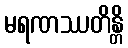
မရဏဿတိန္တိ